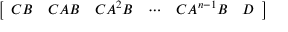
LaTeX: \left[ \begin{array} { l l l l l l } { C B } & { C A B } & { C A ^ { 2 } B } & { \cdots } & { C A ^ { n - 1 } B } & { D } \end{array} \right]